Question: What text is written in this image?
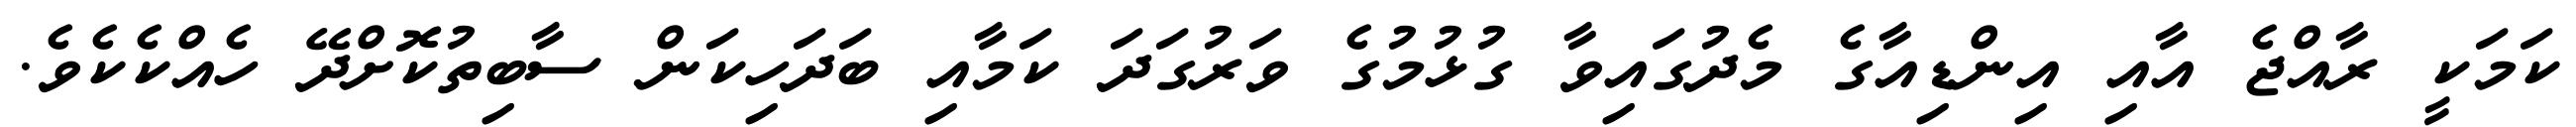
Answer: ކަމަކީ ރާއްޖެ އާއި އިންޑިއާގެ މެދުގައިވާ ގުޅުމުގެ ވަރުގަދަ ކަމާއި ބަދަހިކަން ސާބިތުކޮށްދޭ ހެއްކެކެވެ.